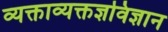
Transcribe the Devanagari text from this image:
व्यक्ताव्यक्तज्ञविज्ञान